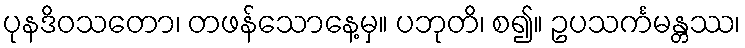
ပုနဒိဝသတော၊ တဖန်သောနေ့မှ။ ပဘုတိ၊ စ၍။ ဥပသင်္ကမန္တဿ၊